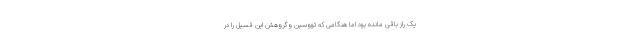
یک راز باقی مانده بود اما هنگامی که تووسین وگروهش این فسیل را در